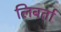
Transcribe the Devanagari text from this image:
लिबर्ता